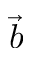
\vec { b }